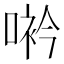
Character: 𠸐